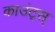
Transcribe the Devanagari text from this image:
काउंट्स्